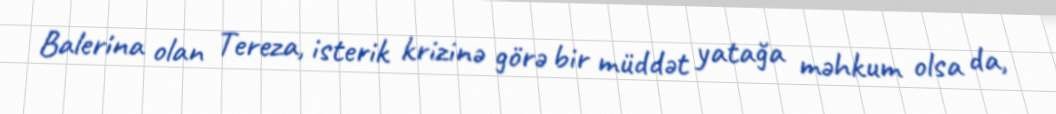
Balerina olan Tereza, isterik krizinə görə bir müddət yatağa məhkum olsa da,